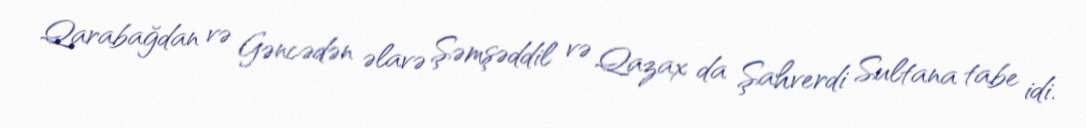
Qarabağdan və Gəncədən əlavə Şəmşəddil və Qazax da Şahverdi Sultana tabe idi.